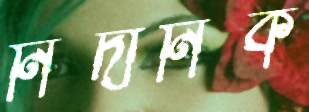
নিদানিক